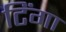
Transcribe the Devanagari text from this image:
टिंगा